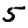
Digit: 5